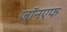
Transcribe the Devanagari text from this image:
जॉनएफ